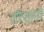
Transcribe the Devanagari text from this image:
परिशानी